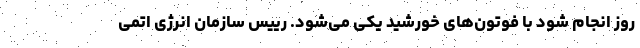
روز انجام شود با فوتون‌های خورشید یکی می‌شود. رییس سازمان انرژی اتمی